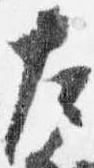
左